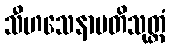
သီဟသေနာပတိသုတ္တံ